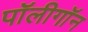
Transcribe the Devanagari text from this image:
पॉलीगॉन